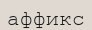
аффикс